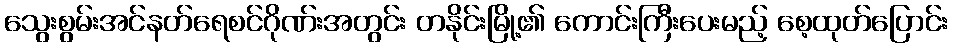
သွေးစွမ်းအင်နတ်ရေစင်ဂိုဏ်းအတွင်း တနိုင်းမြို့၏ ကောင်းကြီးပေးမည့် စေ့ထုတ်ပြောင်း